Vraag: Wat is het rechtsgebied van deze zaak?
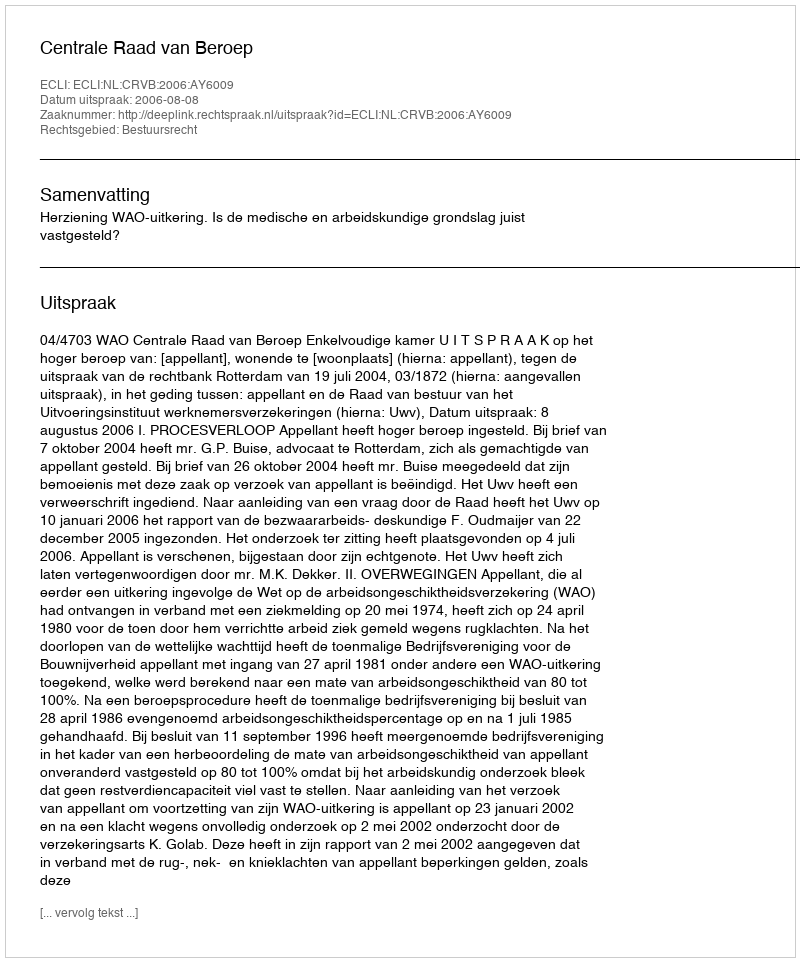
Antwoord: Bestuursrecht